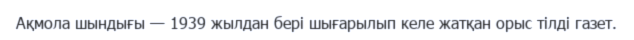
Ақмола шындығы — 1939 жылдан бері шығарылып келе жатқан орыс тілді газет.